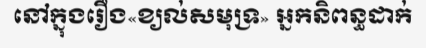
នៅក្នុងរឿង«ខ្យល់សមុទ្រ» អ្នកនិពន្ធដាក់